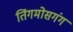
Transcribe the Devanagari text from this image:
तिंगमोसगंग